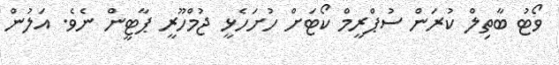
ވޯޓު ބާތިލް ކުރަން ސުޕްރީމް ކޯޓަށް ހުށަހެޅީ ޖުމްހޫރީ ޕާޓީން ނެވެ. އަލުން